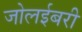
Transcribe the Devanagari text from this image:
जोलईबरी